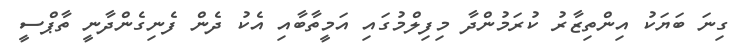
ގިނަ ބަޔަކު އިންތިޒާރު ކުރަމުންދާ މިފިލްމުގައި އަމީތާބާއި އެކު ދެން ފެނިގެންދާނީ ތާޕްސީ